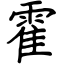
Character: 霍